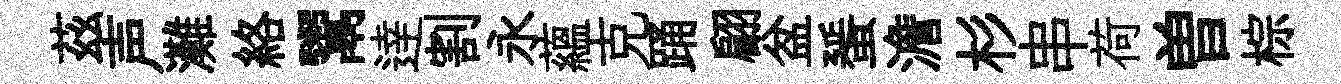
茲声灘絡鬻逹割永蘊克踊翩盆蜑澹杉串荷曽棕